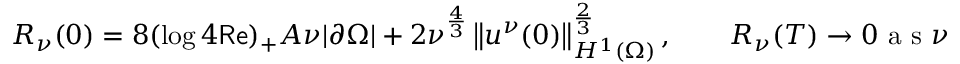
\begin{array} { r } { R _ { \nu } ( 0 ) = 8 ( \log 4 \mathsf { R e } ) _ { + } A \nu | \partial \Omega | + 2 \nu ^ { \frac 4 3 } \left\lVert u ^ { \nu } ( 0 ) \right\rVert _ { H ^ { 1 } ( \Omega ) } ^ { \frac 2 3 } , \qquad R _ { \nu } ( T ) \to 0 \mathrm { ~ a ~ s ~ } \nu \to 0 } \end{array}